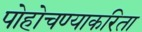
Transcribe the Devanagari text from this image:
पोहोचण्याकरिता